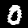
Digit: 0